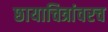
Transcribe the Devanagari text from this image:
छायाचित्रांवरच